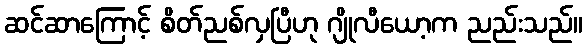
ဆင်ဆာကြောင့် စိတ်ညစ်လှပြီဟု ဂျိုလီယော့က ညည်းသည်။